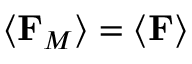
\left\langle \mathbf { F } _ { M } \right\rangle = \left\langle \mathbf { F } \right\rangle